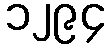
၁၂၉၄